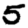
Digit: 5